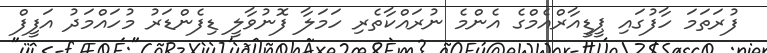
ފުރަތަމަ ހާފުގައި ޕީޑީއާރްއެމްގެ އެންމެ ނުރައްކާތެރި ހަމަލާ ފޮނުވާލީ ޑިފެންޑަރު މުހައްމަދު އަފީފް